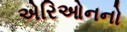
એરિઓનનો